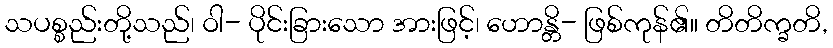
သပစ္စည်းတို့သည်၊ ဝါ- ပိုင်းခြားသော အားဖြင့်၊ ဟောန္တိ- ဖြစ်ကုန်၏။ တိတိက္ခတိ,